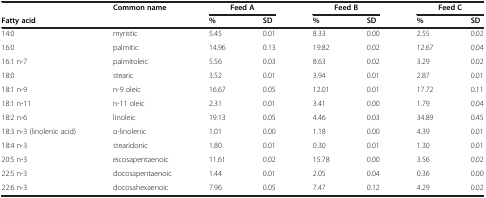
|  | <ROWSPAN=2> Common name | <COLSPAN=2> Feed A | <COLSPAN=2> Feed B | <COLSPAN=2> Feed C |
 | Fatty acid | % | SD | % | SD | % | SD |
 | --- | --- | --- | --- | --- | --- | --- | --- |
 | 14:0 | myristic | 5.45 | 0.01 | 8.33 | 0.00 | 2.55 | 0.02 |
 | 16:0 | palmitic | 14.96 | 0.13 | 19.82 | 0.02 | 12.67 | 0.04 |
 | 16:1 n-7 | palmitoleic | 5.56 | 0.03 | 8.63 | 0.02 | 3.29 | 0.02 |
 | 18:0 | stearic | 3.52 | 0.01 | 3.94 | 0.01 | 2.87 | 0.01 |
 | 18:1 n-9 | n-9 oleic | 16.67 | 0.05 | 12.01 | 0.01 | 17.72 | 0.11 |
 | 18:1 n-11 | n-11 oleic | 2.31 | 0.01 | 3.41 | 0.00 | 1.79 | 0.04 |
 | 18:2 n-6 | linoleic | 19.13 | 0.05 | 4.46 | 0.03 | 34.89 | 0.45 |
 | 18:3 n-3 (linolenic acid) | α-linolenic | 1.01 | 0.00 | 1.18 | 0.00 | 4.39 | 0.01 |
 | 18:4 n-3 | stearidonic | 1.80 | 0.01 | 0.30 | 0.01 | 1.30 | 0.01 |
 | 20:5 n-3 | eicosapentaenoic | 11.61 | 0.02 | 15.78 | 0.00 | 3.56 | 0.02 |
 | 22:5 n-3 | docosapentaenoic | 1.44 | 0.01 | 2.05 | 0.04 | 0.36 | 0.00 |
 | 22:6 n-3 | docosahexaenoic | 7.96 | 0.05 | 7.47 | 0.12 | 4.29 | 0.02 |